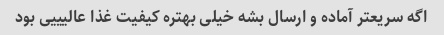
اگه سریعتر آماده و ارسال بشه خیلی بهتره کیفیت غذا عالیییی بود